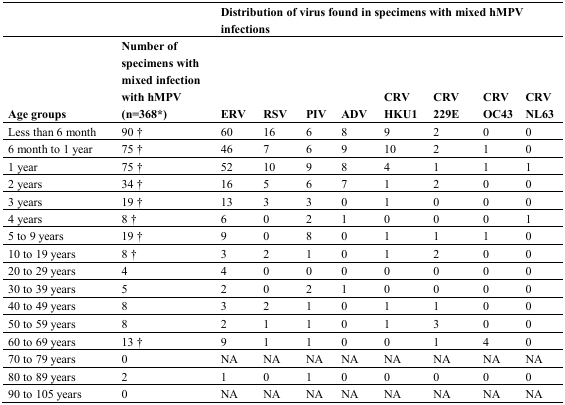
<table><thead><tr><td colspan="2"></td><td colspan="8"><b>Distribution of virus found in specimens with mixed hMPV infections</b></td></tr><tr><td><b>Age groups</b></td><td><b>Number of specimens with mixed infection with hMPV(n=368*) </b></td><td><b>ERV</b></td><td><b>RSV</b></td><td><b>PIV</b></td><td><b>ADV</b></td><td><b>CRV HKU1</b></td><td><b>CRV 229E</b></td><td><b>CRV OC43</b></td><td><b>CRV NL63</b></td></tr></thead><tbody><tr><td>Less than 6 month</td><td>90 †</td><td>60</td><td>16</td><td>6</td><td>8</td><td>9</td><td>2</td><td>0</td><td>0</td></tr><tr><td>6 month to 1 year</td><td>75 †</td><td>46</td><td>7</td><td>6</td><td>9</td><td>10</td><td>2</td><td>1</td><td>0</td></tr><tr><td>1 year</td><td>75 †</td><td>52</td><td>10</td><td>9</td><td>8</td><td>4</td><td>1</td><td>1</td><td>1</td></tr><tr><td>2 years</td><td>34 †</td><td>16</td><td>5</td><td>6</td><td>7</td><td>1</td><td>2</td><td>0</td><td>0</td></tr><tr><td>3 years</td><td>19 †</td><td>13</td><td>3</td><td>3</td><td>0</td><td>1</td><td>0</td><td>0</td><td>0</td></tr><tr><td>4 years</td><td>8 †</td><td>6</td><td>0</td><td>2</td><td>1</td><td>0</td><td>0</td><td>0</td><td>1</td></tr><tr><td>5 to 9 years</td><td>19 †</td><td>9</td><td>0</td><td>8</td><td>0</td><td>1</td><td>1</td><td>1</td><td>0</td></tr><tr><td>10 to 19 years</td><td>8 †</td><td>3</td><td>2</td><td>1</td><td>0</td><td>1</td><td>2</td><td>0</td><td>0</td></tr><tr><td>20 to 29 years</td><td>4</td><td>4</td><td>0</td><td>0</td><td>0</td><td>0</td><td>0</td><td>0</td><td>0</td></tr><tr><td>30 to 39 years</td><td>5</td><td>2</td><td>0</td><td>2</td><td>1</td><td>0</td><td>0</td><td>0</td><td>0</td></tr><tr><td>40 to 49 years</td><td>8</td><td>3</td><td>2</td><td>1</td><td>0</td><td>1</td><td>1</td><td>0</td><td>0</td></tr><tr><td>50 to 59 years</td><td>8</td><td>2</td><td>1</td><td>1</td><td>0</td><td>1</td><td>3</td><td>0</td><td>0</td></tr><tr><td>60 to 69 years</td><td>13 †</td><td>9</td><td>1</td><td>1</td><td>0</td><td>0</td><td>1</td><td>4</td><td>0</td></tr><tr><td>70 to 79 years</td><td>0</td><td>NA</td><td>NA</td><td>NA</td><td>NA</td><td>NA</td><td>NA</td><td>NA</td><td>NA</td></tr><tr><td>80 to 89 years</td><td>2</td><td>1</td><td>0</td><td>1</td><td>0</td><td>0</td><td>0</td><td>0</td><td>0</td></tr><tr><td>90 to 105 years</td><td>0</td><td>NA</td><td>NA</td><td>NA</td><td>NA</td><td>NA</td><td>NA</td><td>NA</td><td>NA</td></tr></tbody></table>